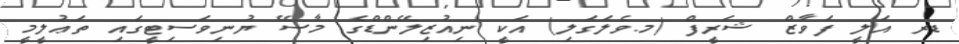
ޑރ އަލީ ފަވާޒް ޝަރީފް (މ.ވެލަގަލި) އަކީ ނިއުޒިލޭންޑްގެ މާސޭ ޔުނިވަސިޓީގައި ތަޢުލީމީ